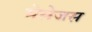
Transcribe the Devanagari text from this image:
मेसेजस